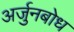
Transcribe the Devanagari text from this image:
अर्जुनबोध